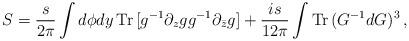
LaTeX: \begin{align*}S = \frac{s}{2\pi}\int d\phi dy\, {\mathrm{Tr}}\,[g^{-1}\partial_z g g^{-1}\partial_{\bar z} g] + \frac{is}{12\pi}\int {\mathrm{Tr}}\, (G^{-1}dG)^3\,, \end{align*}